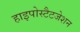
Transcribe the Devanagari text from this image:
हाइपोस्टैटजेशन